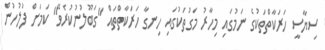
ސިޔާސީ ހަރަކާތްތަކުގެ ނަމުގައި މިހާރު މަގުތަކުގައި ހިނގާ ހަރަކާތްތައް "ގަބޫލުނުކުރެވޭ" ކަމަށް ފުލުހުން